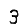
Digit: 3